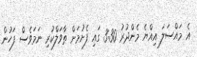
އެ މައްސަލަ އިއްޔެ މެންދުރު 3:30 ގައި ފެށުމަށް ތާވަލްކުރި ނަމަވެސް ފަހުން